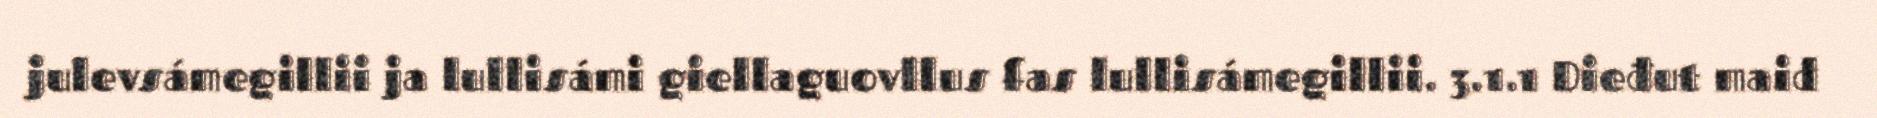
julevsámegillii ja lullisámi giellaguovllus fas lullisámegillii. 3.1.1 Dieđut maid